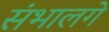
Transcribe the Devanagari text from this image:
संभालगे